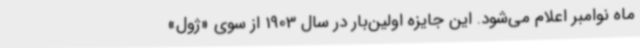
ماه نوامبر اعلام می‌شود. این جایزه اولین‌بار در سال 1903 از سوی «ژول»